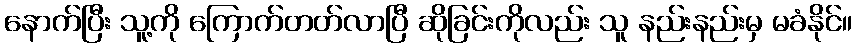
နောက်ပြီး သူ့ကို ကြောက်တတ်လာပြီ ဆိုခြင်းကိုလည်း သူ နည်းနည်းမှ မခံနိုင်။